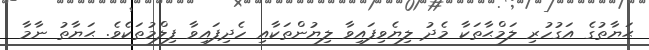
ޙަޔާތުގެ އަގުހުރި ލަމްޙާތަކާ މެދު ލިޔެވިފައިވާ ލިޔުންތަކާއި ހެދިފައިވާ ފިލްމުތަކެވެ. ޙަޔާތު ނާމާ